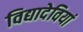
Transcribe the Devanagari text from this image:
विद्यादेवियां